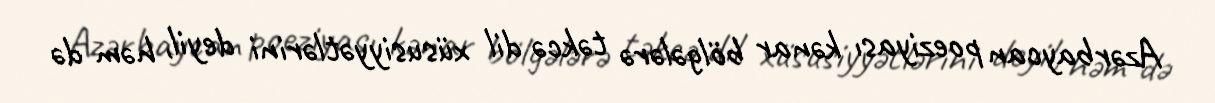
Azərbaycan poeziyası kənar bölgələrə təkcə dil xüsusiyyətlərini deyil, həm də